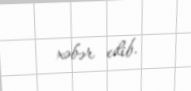
xəbər edib.